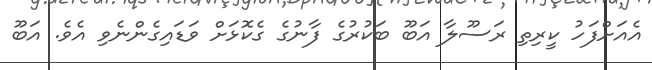
އެއަށްފަހު ކީރިތި ރަސޫލާ އަބޫ ބަކުރުގެ ފާނުގެ ގެކޮޅަށް ވަޑައިގެންނެވި އެވެ. އަބޫ